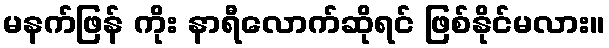
မနက်ဖြန် ကိုး နာရီလောက်ဆိုရင် ဖြစ်နိုင်မလား။